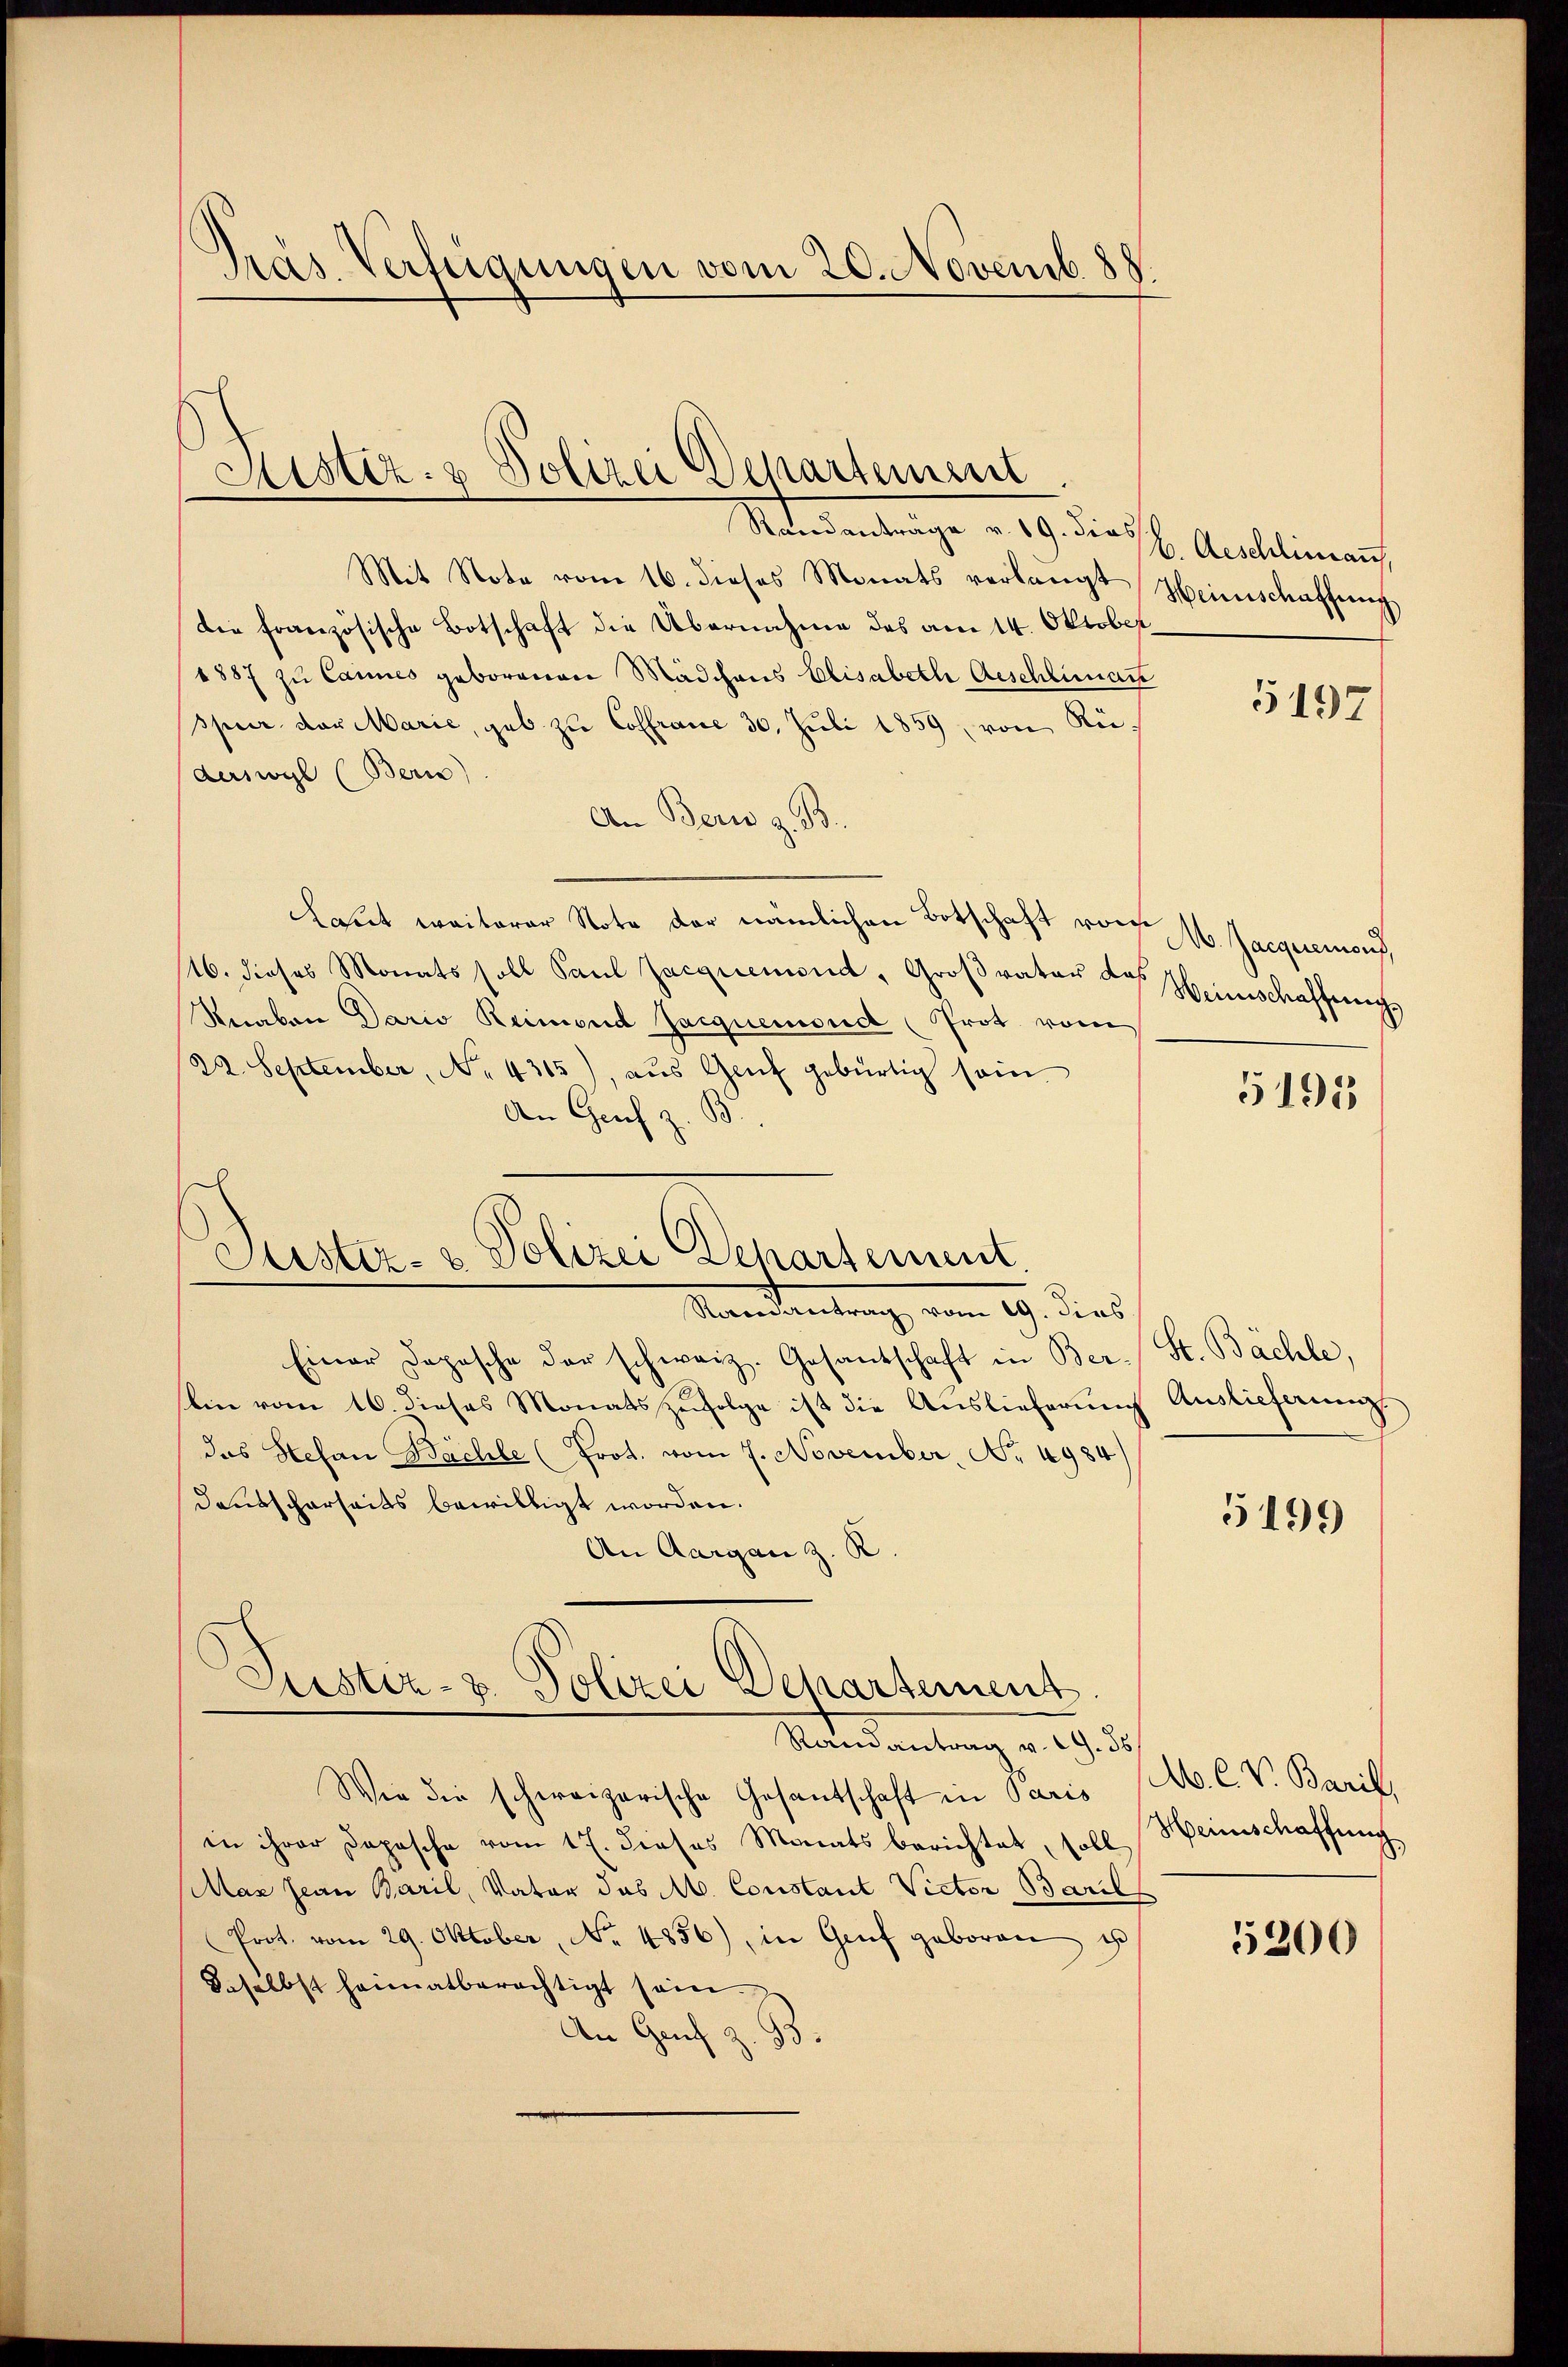
Pras Verfügungen vom 20. Novemb. 88.

Sistiz- & Polizei Departement

Miedentrage v. 9. dich
Mit Note vom 16. dieses Monats verlangt Heimschaffŭng
Die französische Botschaft die Übernahme des am 14. Oktober¬
1887 zu Cannes geborenen Mädchens Elisabeth Aeschlinart
Spur der Marie, gab zu Coffrane 30. Juli 1859, von Rüderswyl (Bern)
An Bern z. B.
Laut weiterer Note der nämlichen Botschaft von
116. dieses Monats soll Paul Jacquemend, Großvater das Heimschaffen.
Knaben Dario Reimond Jacquemond (Prot. vom
22. September, No. 4315), aŭs Genf gebürtig sein
An Genf z. B.
Standentrag vom 19. dies
Einer Depesche der schweiz. Gesantschaft in Ber-St. Bächle,
ein vom 16. dieses Monatszŭfolge ist die Auslieferung Auslieferung.
das Stefan Bächle (Prot. vom 7. November, Nr. 4984/
Deutscharseits bewilligt worden.
An Aargau z. R.
Justiz- & Polizei Departement.
Randantrag v. 29. 36
Wie die schweizerische Gesantschaft in Paris
in ihrer Dopische vom 17. dieses Monats berichtet, soll
Max Jean Baril, Vater das M. Constant Victor Baril
Prot. vom 29. Oktober, No. 4856), in Genf geboren s
daselbst heimatberechtigt sein.
An Graf Z. 93.

Justiz- & Polizei Departement.

b. Aeschlimann,

5197

M. Jacquiemons,

5195

5199

Ab. C. V. Barik,
Heinschaffung

5200